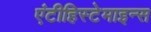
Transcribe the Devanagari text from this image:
एंटीहिस्टेमाइन्स